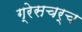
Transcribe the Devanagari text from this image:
ग्रेसचर्च